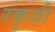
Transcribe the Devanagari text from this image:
रकृजी